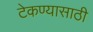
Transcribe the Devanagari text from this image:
टेकण्यासाठी